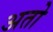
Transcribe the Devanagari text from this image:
अतो